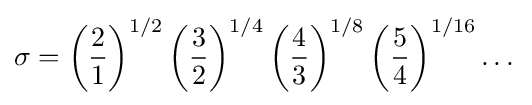
\sigma =\left({\frac {2}{1}}\right)^{1/2}\left({\frac {3}{2}}\right)^{1/4}\left({\frac {4}{3}}\right)^{1/8}\left({\frac {5}{4}}\right)^{1/16}\dots